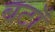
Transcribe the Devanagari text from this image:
बटाँ